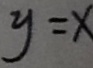
y = x